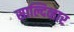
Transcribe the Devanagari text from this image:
साल्दिव्हार